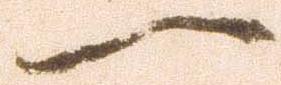
一